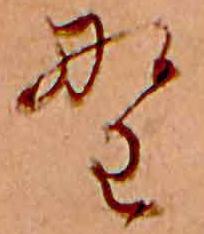
野